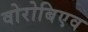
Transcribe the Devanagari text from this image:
वोरोबिएव